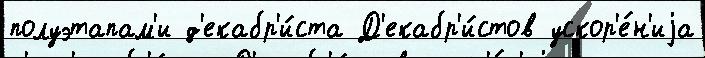
полуэтапам'и д'екабр'и́ста Д'екабр'и́стов ускор'е́н'иjа